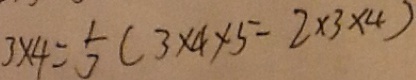
3 \times 4 = \frac { 1 } { 3 } ( 3 \times 4 \times 5 - 2 \times 3 \times 4 )